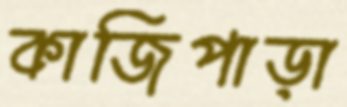
কাজিপাড়া